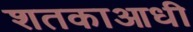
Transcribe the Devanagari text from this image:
शतकाआधी